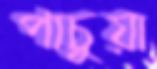
পাচুয়া